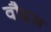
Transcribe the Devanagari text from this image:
वौइस